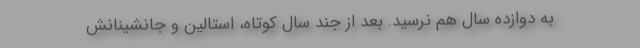
به دوازده سال هم نرسید. بعد از جند سال کوتاه، استالین و جانشینانش